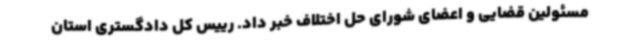
مسئولین قضایی و اعضای شورای حل اختلاف خبر داد. رییس کل دادگستری استان